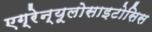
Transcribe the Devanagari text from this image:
एग्रेन्यूलोसाइटोसिस